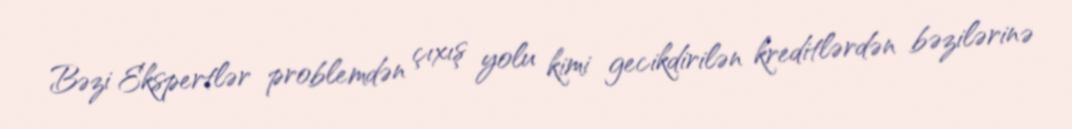
Bəzi Ekspertlər problemdən çıxış yolu kimi gecikdirilən kreditlərdən bəzilərinə